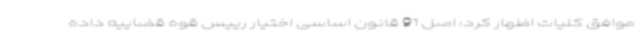
موافق کلیات اظهار کرد: اصل 91 قانون اساسی اختیار رییس قوه قضاییه داده